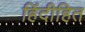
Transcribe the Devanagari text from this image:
हिंदीहित